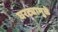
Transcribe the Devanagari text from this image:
घरट्यामुळे